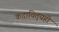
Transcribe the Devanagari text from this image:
कदाचित्‌यही